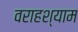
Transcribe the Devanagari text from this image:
वराहश्याम